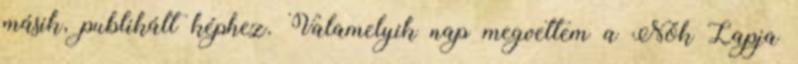
másik, publikált képhez. Valamelyik nap megvettem a Nők Lapja